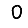
Digit: 0